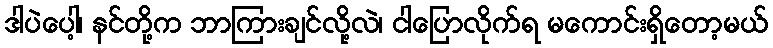
ဒါပဲပေါ့၊ နင်တို့က ဘာကြားချင်လို့လဲ၊ ငါပြောလိုက်ရ မကောင်းရှိတော့မယ်